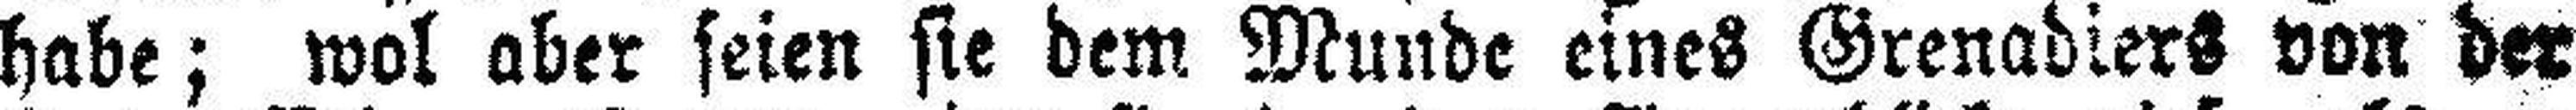
habe; wol aber seien sie dem Munde eines Grenadiers von der